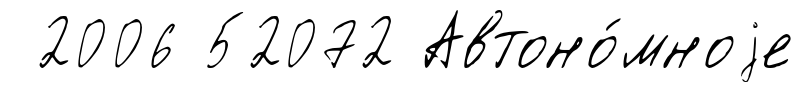
2006 52072 Автоно́мноjе